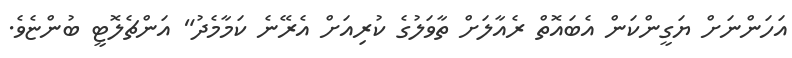
އަހަންނަށް ޔަގީންކަން އެބައޮތް ރެއާލަށް ތާވަލުގެ ކުރިއަށް އެރޭނެ ކަމާމެދު" އަންޗެލޮޓީ ބުންޏެވެ.